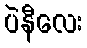
ပဲနီလေး